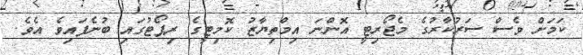
ކަމަށް ވެސް ސަރުކާރުގެ މެޖޯރިޓީ އޮންނަ އިމްތިޔާޒު ކޮމިޓީގެ ރިޕޯޓުގައި ބުނެފައިވެ އެވެ.